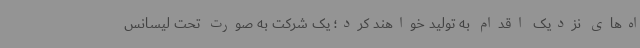
اه‌های نزدیک اقدام به تولید خواهند کرد؛ یک شرکت به صورت تحت لیسانس